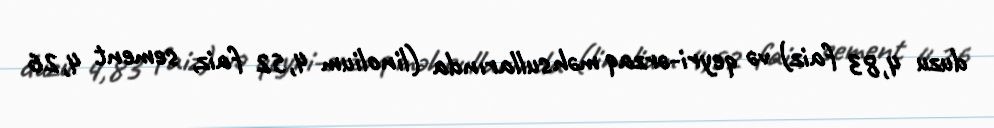
duzu 4,83 faiz) və qeyri-ərzaq məhsullarında (linolium 4,52 faiz, sement 4,26